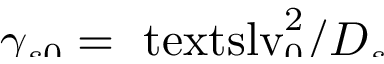
\smash { \gamma _ { s 0 } = \ensuremath { \mathrm { \ t e x t s l { v } } _ { 0 } } ^ { 2 } / \ensuremath { D _ { s } } }